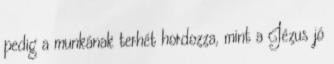
pedig a munkának terhét hordozza, mint a Jézus jó